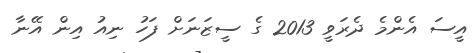
އީސަ އެންމެ ދެރަވީ 2013 ގެ ސީޒަަނަށް ފަހު ނިއު އިން އޭނާ